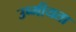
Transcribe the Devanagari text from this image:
उष्मीयता